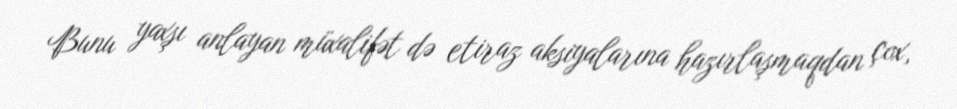
Bunu yaxşı anlayan müxalifət də etiraz aksiyalarına hazırlaşmaqdan çox,